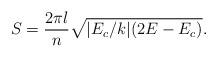
LaTeX: \begin{align*}S=\frac{2\pi l}{n}\sqrt{|E_c/k|(2E-E_c)}.\end{align*}